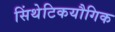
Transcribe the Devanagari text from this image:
सिंथेटिकयौगिक